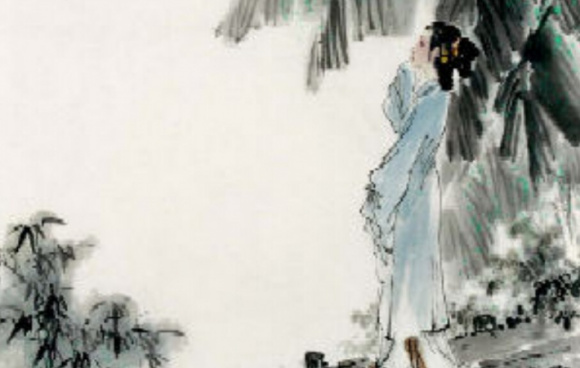
山亭水榭秋方半。凤帏寂寞无人伴。